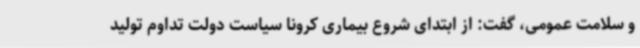
و سلامت عمومی، گفت: از ابتدای شروع بیماری کرونا سیاست دولت تداوم تولید